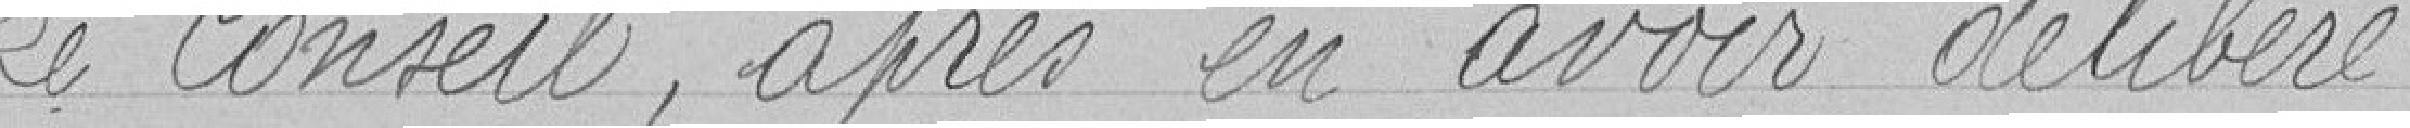
Le Conseil, après en avoir délibéré,